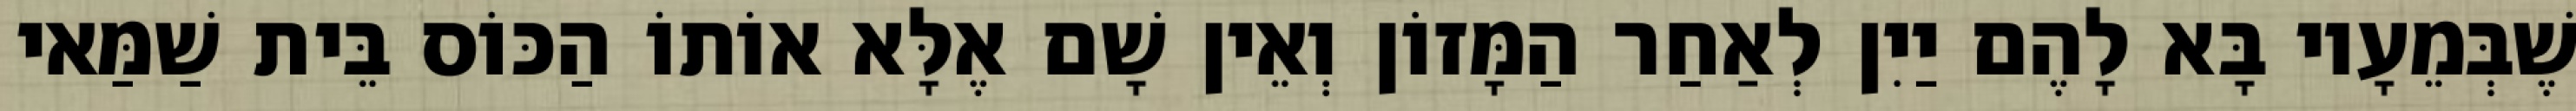
שֶׁבְּמֵעָיו בָּא לָהֶם יַיִן לְאַחַר הַמָּזוֹן וְאֵין שָׁם אֶלָּא אוֹתוֹ הַכּוֹס בֵּית שַׁמַּאי